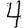
Digit: 4